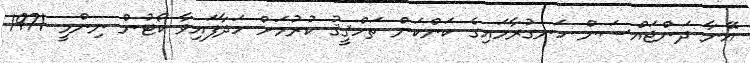
އޭނާ ދަންޖައްސަން ހަނގުރާމައިގެ ކަންކަން ތަހްޤީޤު ކުރުމަށް ހަދާފައިވާ ކޯޓުން ނިންމީ 1971